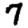
Digit: 7